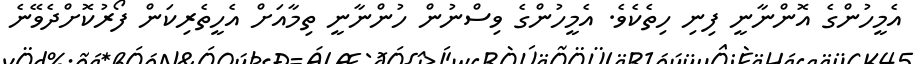
އެމީހުންގެ އޮންނާނީ ފިނި ހިތެކެވެ. އެމީހުންގެ ވިސްނުން ހުންނާނީ ތިމާއަށް އެހީތެރިކަން ފޯރުކޮށްދެވޭނެ